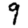
Digit: 9